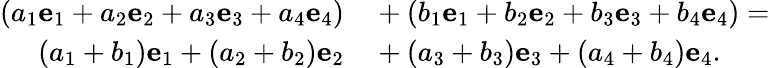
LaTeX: \begin{array}{rl}{(a_{1}{\mathbf{e}}_{1}+a_{2}{\mathbf{e}}_{2}+a_{3}{\mathbf{e}}_{3}+a_{4}{\mathbf{e}}_{4})}&{{}+(b_{1}{\mathbf{e}}_{1}+b_{2}{\mathbf{e}}_{2}+b_{3}{\mathbf{e}}_{3}+b_{4}{\mathbf{e}}_{4})=}\\ {(a_{1}+b_{1}){\mathbf{e}}_{1}+(a_{2}+b_{2}){\mathbf{e}}_{2}}&{{}+(a_{3}+b_{3}){\mathbf{e}}_{3}+(a_{4}+b_{4}){\mathbf{e}}_{4}.}\end{array}